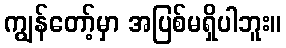
ကျွန်တော့်မှာ အပြစ်မရှိပါဘူး။